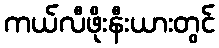
ကယ်လီဖိုးနီးယားတွင်